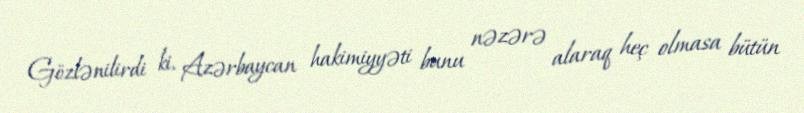
Gözlənilirdi ki, Azərbaycan hakimiyyəti bunu nəzərə alaraq heç olmasa bütün